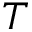
T